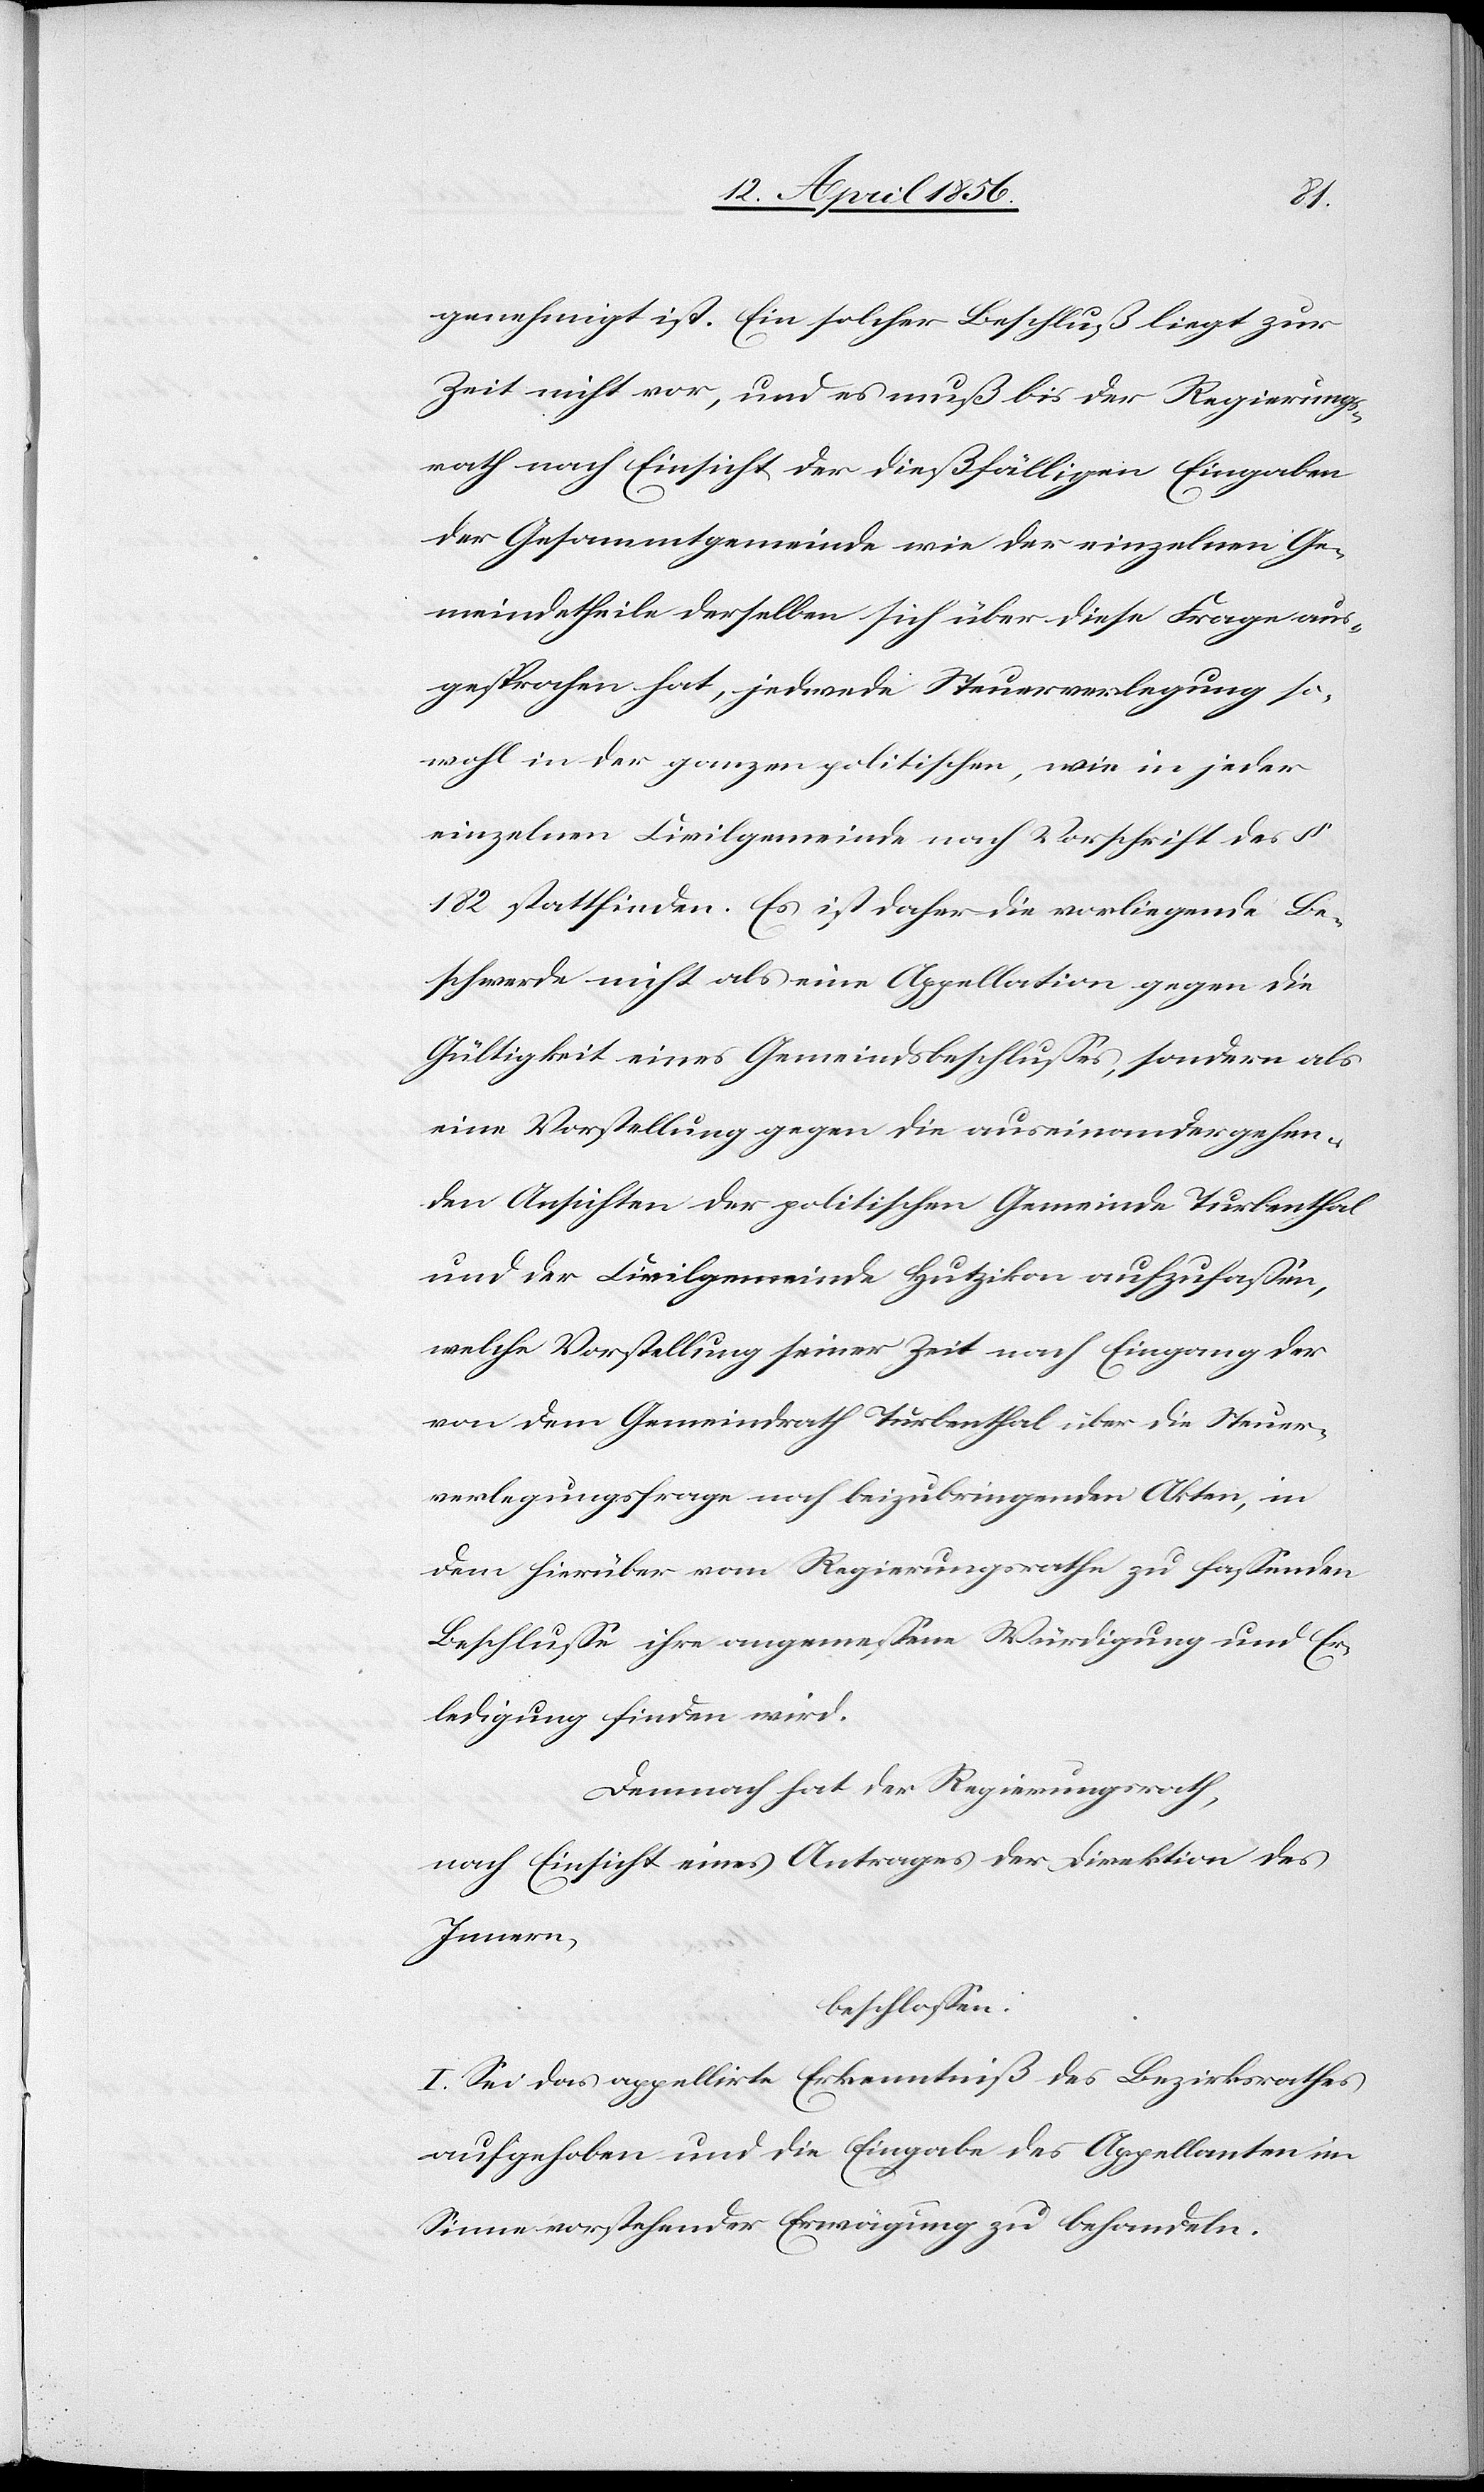
genehmigt ist. Ein solcher Beschluß liegt zur
Zeit nicht vor, und es muß bis der Regierungs¬
rath nach Einsicht der dießfälligen Eingaben
der Gesammtgemeinde wie der einzelnen Ge¬
meindetheile derselben sich über diese Frage aus¬
gesprochen hat, jedwede Steuerverlegung so¬
wohl in der ganzen politischen, wie in jeder
einzelnen Civilgemeinde nach Vorschrift des §
182 stattfinden. Es ist daher die vorliegende Be¬
schwerde nicht als eine Appellation gegen die
Gültigkeit eines Gemeindsbeschlusses, sondern als
eine Vorstellung gegen die auseinandergehen¬
den Ansichten der politischen Gemeinde Turbenthal
und der Civilgemeinde Hutzikon aufzufassen,
welche Vorstellung seiner Zeit nach Eingang der
von dem Gemeindrath Turbenthal über die Steuer¬
verlegungsfrage nach beizubringenden Akten, in
dem hierüber vom Regierungsrathe zu fassenden
Beschlusse ihre angemessene Würdigung und Er¬
ledigung finden wird.
Demnach hat der Regierungsrath,
nach Einsicht eines Antrages der Direktion des
Innern,
beschlossen:
I. Sei das appellirte Erkenntniß des Bezirksrathes
aufgehoben und die Eingabe des Appellanten im
Sinne vorstehender Erwägung zu behandeln.